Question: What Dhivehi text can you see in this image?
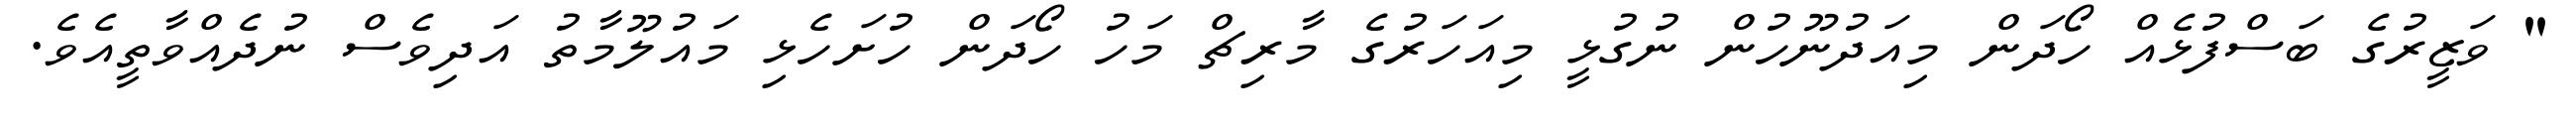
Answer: " ވަޒީރުގެ ބަސްފުޅެއް ހޯދަން މިއަދުނޫހުން ނުގުޅީ މިއަހަރުގެ މާރިޗް މަހު ހޯދަން ހުށަހެޅި މައުލޫމާތު އަދިވެސް ނުދެއްވާތީއެވެ.